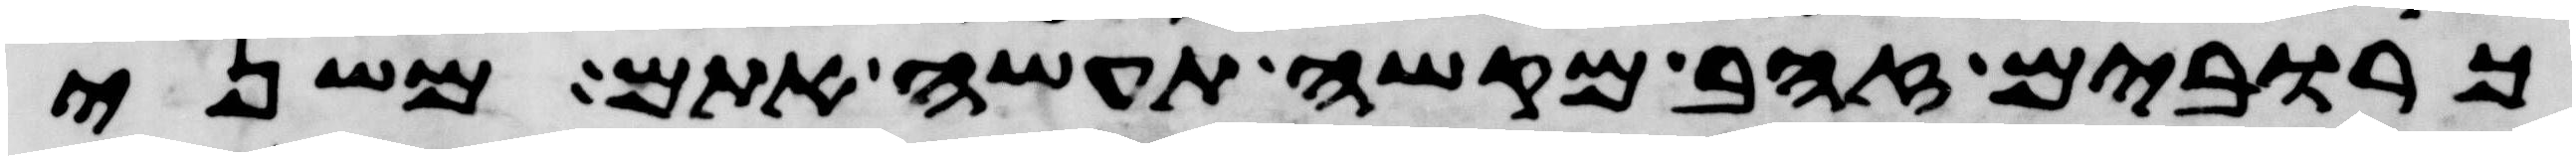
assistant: כרובים זהב מקשה תעשה אתם משני